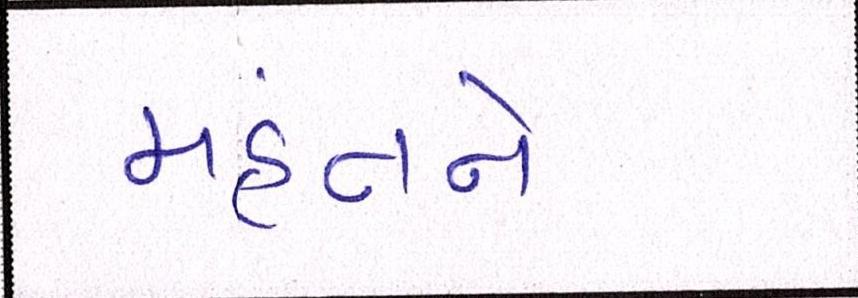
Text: મહંતને